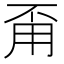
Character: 甭